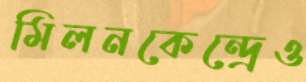
মিলনকেন্দ্রেও